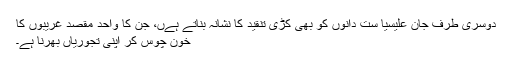
دوسری طرف جان علیسیا ست دانوں کو بھی کڑی تنقید کا نشانہ بناتے ہےں، جن کا واحد مقصد غریبوں کا
خون چوس کر اپنی تجوریاں بھرنا ہے۔